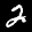
Label: 2